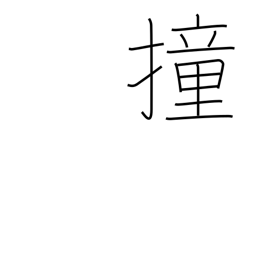
Meaning: thrust